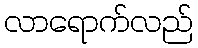
လာရောက်လည်